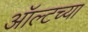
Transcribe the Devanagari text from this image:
ऑल्टच्या